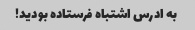
به ادرس اشتباه فرستاده بودید!